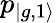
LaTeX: p_{|{g,1\rangle}}